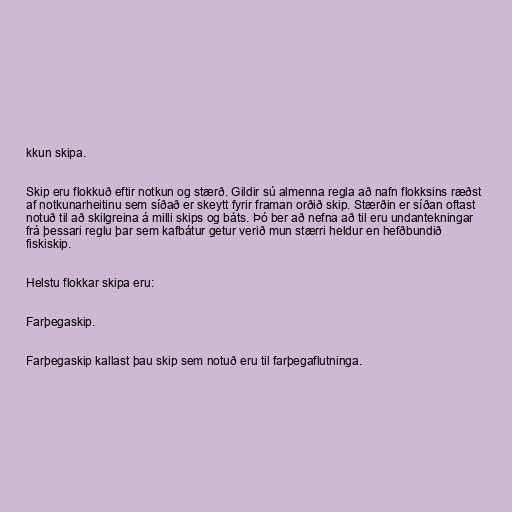
kkun skipa.

Skip eru flokkuð eftir notkun og stærð. Gildir sú almenna regla að nafn flokksins ræðst
af notkunarheitinu sem síðað er skeytt fyrir framan orðið skip. Stærðin er síðan oftast
notuð til að skilgreina á milli skips og báts. Þó ber að nefna að til eru undantekningar
frá þessari reglu þar sem kafbátur getur verið mun stærri heldur en hefðbundið
fiskiskip.

Helstu flokkar skipa eru:

Farþegaskip.

Farþegaskip kallast þau skip sem notuð eru til farþegaflutninga.